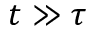
t \gg \tau